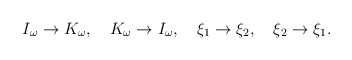
\begin{align*}I_{\omega }\rightarrow K_{\omega },\quad K_{\omega }\rightarrow I_{\omega},\quad \xi _{1}\rightarrow \xi _{2},\quad \xi _{2}\rightarrow \xi _{1}.\end{align*}